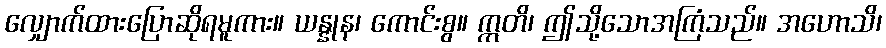
လျှောက်ထားပြောဆိုရမူကား။ ယန္နုန၊ ကောင်းစွ။ ဣတိ၊ ဤသို့သောအကြံသည်။ အဟောသိ၊